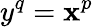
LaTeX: y^{q}=\mathbf{x}^{p}